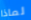
لماذا